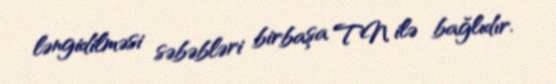
ləngidilməsi səbəbləri birbaşa TN ilə bağlıdır.